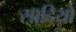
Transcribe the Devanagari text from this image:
सादियों